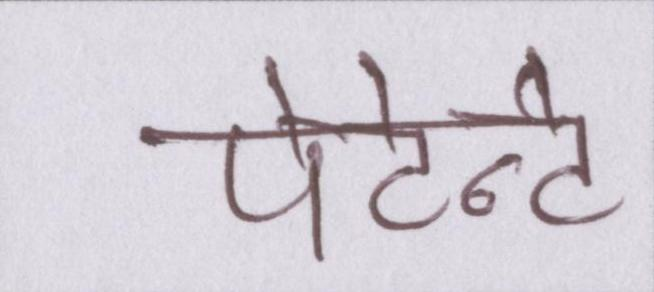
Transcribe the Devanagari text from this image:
पेटेन्ट